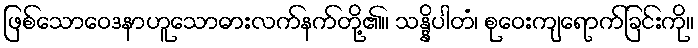
ဖြစ်သောဝေဒနာဟူသောဓားလက်နက်တို့၏။ သန္နိပါတံ၊ စုဝေးကျရောက်ခြင်းကို။